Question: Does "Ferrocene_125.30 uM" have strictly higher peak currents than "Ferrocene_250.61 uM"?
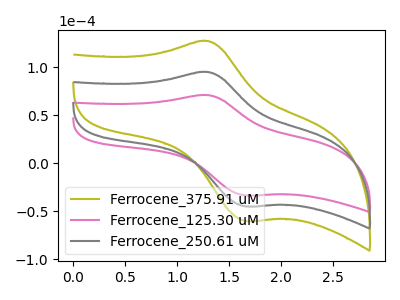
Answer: <think>The olive curve "Ferrocene_375.91 uM" has an anodic peak at (1.30V, 190.10uA) and a cathodic peak at (1.65V, -89.80uA). The pink curve "Ferrocene_125.30 uM" has an anodic peak at (1.30V, 70.95uA) and a cathodic peak at (1.65V, -33.55uA). The gray curve "Ferrocene_250.61 uM" has an anodic peak at (1.30V, 95.05uA) and a cathodic peak at (1.65V, -44.90uA).</think>
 <answer>Every peak in "Ferrocene_125.30 uM" is lower than every peak in "Ferrocene_250.61 uM".</answer>
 <eval>lower</eval>